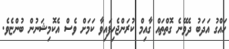
ހައްގު އަދަބު ދެވޭނެ ގޮތްތައް ގާއިމް ކުރަންޖެހިފައިވާ ކަމަށް ވެސް އެކޮމިޝަނުން ބުންޏެވެ.